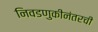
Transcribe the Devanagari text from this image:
निवडणुकीनंतरची